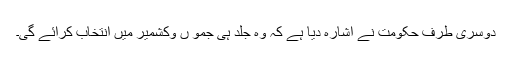
دوسری طرف حکومت نے اشارہ دیا ہے کہ وہ جلد ہی جمو ں وکشمیر میں انتخاب کرائے گی۔